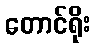
တောင်ရိုး